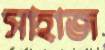
সাহাজ